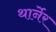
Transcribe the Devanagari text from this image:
थार्नेर